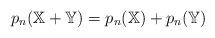
LaTeX: \begin{align*}p_n(\mathbb{X}+\mathbb{Y}) = p_n(\mathbb{X})+ p_n(\mathbb{Y})\end{align*}